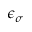
\epsilon _ { \sigma }